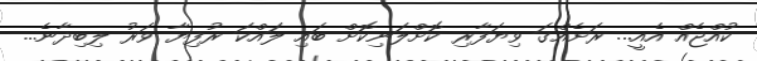
ކުއްޖެއް އެއީ... ރަށެއްގަ ވިޔަފާރި ކޮށްލަނިކޮށް ބައި ލައްކަ ރުފިޔާ ވަރު ލިބިދާނެ...